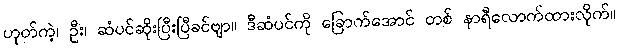
ဟုတ်ကဲ့၊ ဦး၊ ဆံပင်ဆိုးပြီးပြီခင်ဗျာ။ ဒီဆံပင်ကို ခြောက်အောင် တစ် နာရီလောက်ထားလိုက်။